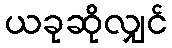
ယခုဆိုလျှင်